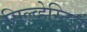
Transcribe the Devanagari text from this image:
सिल्व्हेस्ट्रिज